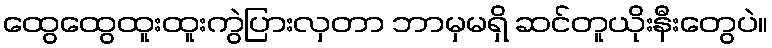
ထွေထွေထူးထူးကွဲပြားလှတာ ဘာမှမရှိ ဆင်တူယိုးနီးတွေပဲ။